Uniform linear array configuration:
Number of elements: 24
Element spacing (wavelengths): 0.5
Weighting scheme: blackman
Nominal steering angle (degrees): -30
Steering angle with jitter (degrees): -28.282
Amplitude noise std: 0.05
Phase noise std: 0.05

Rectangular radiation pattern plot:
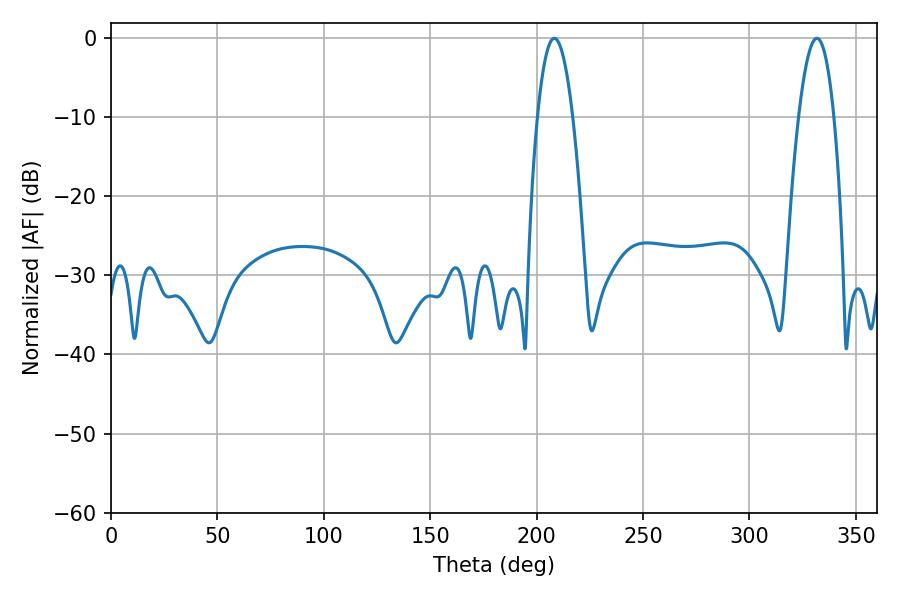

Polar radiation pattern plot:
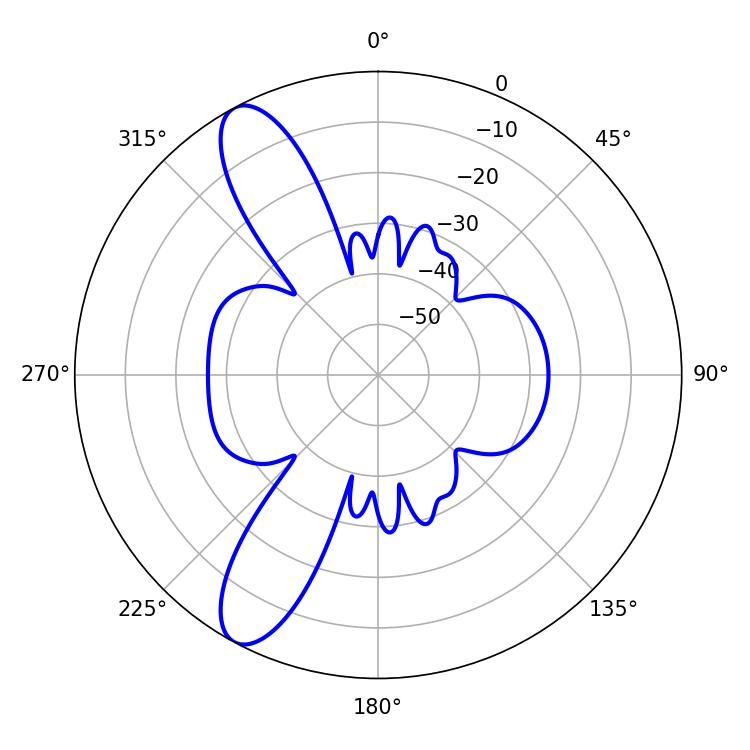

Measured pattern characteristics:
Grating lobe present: FALSE
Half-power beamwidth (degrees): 9.18
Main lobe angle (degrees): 208.26